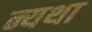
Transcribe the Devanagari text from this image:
न्यथा